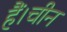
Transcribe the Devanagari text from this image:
हैं।चीन